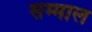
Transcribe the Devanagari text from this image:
सम्माल